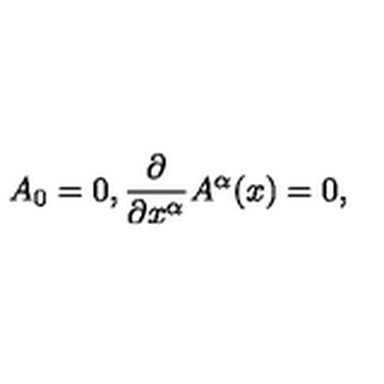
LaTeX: A _ { 0 } = 0 , { \frac { \partial } { \partial { x ^ { \alpha } } } } A ^ { \alpha } ( x ) = 0 ,